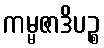
ကမ္မဇာဒိပဉ္စ